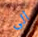
الى